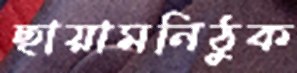
ছায়ামনিঠুক